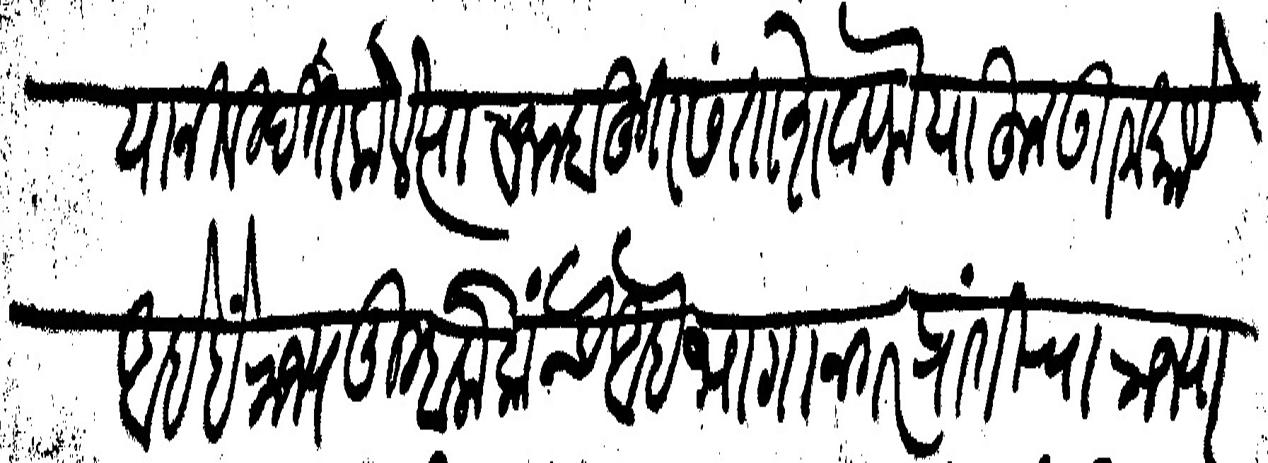
Transliteration (Devanagari): यानी विदित केले त्यावरून बहुत संतोश वाटला याहून उतम काये आहे हैं राज्य तुम्हा लोकांचे आहे भागानगर प्रांतीचा राज्याधिपत्यांचा